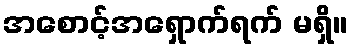
အစောင့်အရှောက်ရက် မရှိ။